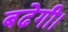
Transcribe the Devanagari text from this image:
बढेगी।